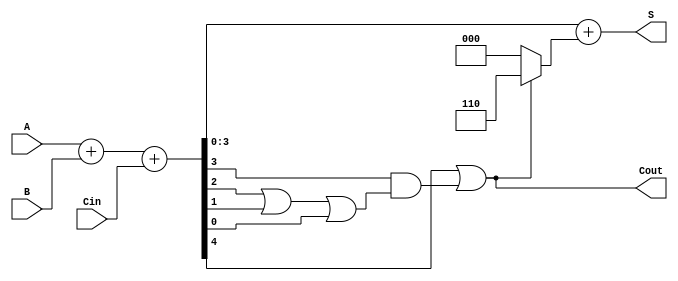
module bcd_adder (
    input  wire [3:0] A,      // First BCD digit
    input  wire [3:0] B,      // Second BCD digit
    input  wire       Cin,     // Carry-in
    output wire [3:0] S,       // BCD sum
    output wire       Cout      // Carry-out
);

    wire [4:0] Sum;           // 5-bit sum to accommodate carry
    wire Correction;          // Correction signal

    // Step 1: Binary addition of A, B, and Cin
    assign Sum = A + B + Cin;

    // Step 2: BCD Correction Logic
    assign Correction = Sum[4] | (Sum[3] & (Sum[2] | Sum[1] | Sum[0]));

    // Step 3: Final Output Calculation
    assign S = Sum + (Correction ? 5'b00110 : 5'b00000); // Add 6 if correction is needed
    assign Cout = Correction; // Carry-out is set if correction is applied

endmodule